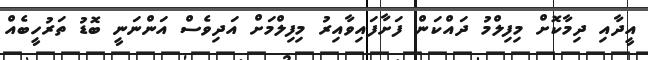
އީދާއި ދިމާކޮށް މިފިލްމު ދައްކަން ފަށާފައިވާއިރު މިފިލްމަށް އަދިވެސް އަންނަނީ ބޮޑު ތަރުހީބެއް